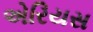
એરિયસ